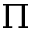
\Pi